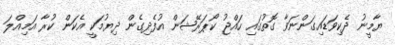
ޔާމީނު ދެކިވަޑައިގަންނަވާ ގޮތުގައި ހައްޖު ކޯޕަރޭޝަން އުފެދިގެން ދިޔުމަކީ އެކަން ކުރާ އަމިއްލަ